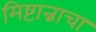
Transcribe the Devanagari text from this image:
मिष्टान्नाचा